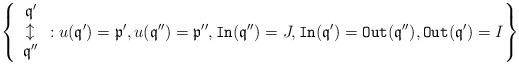
LaTeX: \begin{align*}\left\{\begin{array}{c}\mathfrak q'\\\updownarrow\\ \mathfrak q''\end{array}:u(\mathfrak q')=\mathfrak p', u(\mathfrak q'')=\mathfrak p'', \mathtt{In}(\mathfrak q'')=J,\mathtt{In}(\mathfrak q')=\mathtt{Out}(\mathfrak q''), \mathtt{Out}(\mathfrak q')=I\right\} \end{align*}